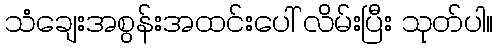
သံချေးအစွန်းအထင်းပေါ် လိမ်းပြီး သုတ်ပါ။